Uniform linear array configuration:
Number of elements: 64
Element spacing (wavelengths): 1
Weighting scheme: hamming
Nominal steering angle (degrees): -30
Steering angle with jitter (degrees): -28.295
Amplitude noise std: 0.05
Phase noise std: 0.05

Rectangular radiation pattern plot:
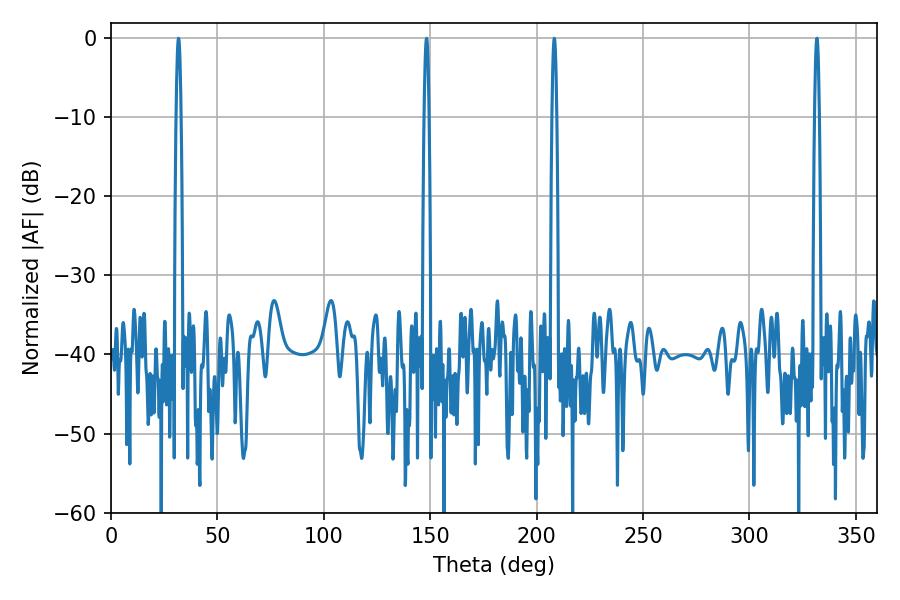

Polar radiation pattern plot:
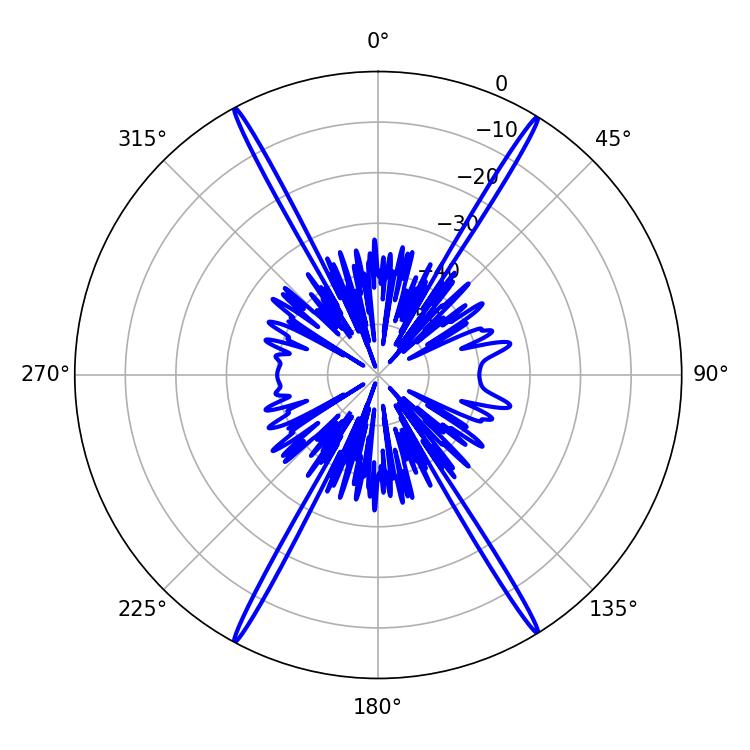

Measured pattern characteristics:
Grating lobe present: TRUE
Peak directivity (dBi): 27.617
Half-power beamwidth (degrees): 1.08
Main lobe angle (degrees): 208.26